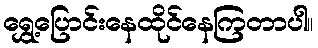
ရွှေ့ပြောင်းနေထိုင်နေကြတာပါ။